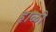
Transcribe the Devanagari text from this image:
हाळी